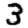
Digit: 3